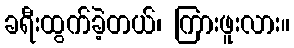
ခရီးထွက်ခဲ့တယ်၊ ကြားဖူးလား။